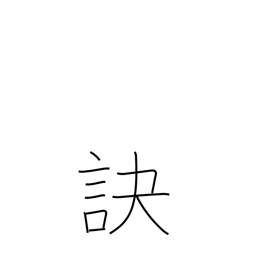
Meaning: part